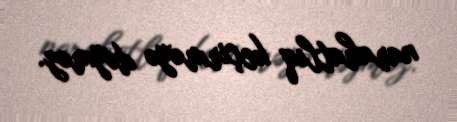
narahatlıq keçirməyə dəyməz.